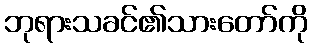
ဘုရားသခင်၏သားတော်ကို